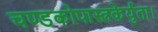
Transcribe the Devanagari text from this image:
चण्डकोपास्त्रकेर्युता।